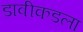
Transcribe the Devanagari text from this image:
डावीकडला